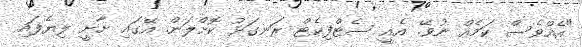
"އެއްވެސް ކަމެއް ނުވޭ. އެއީ ސެޓްފިކެޓް ރަނގަޅު ކޮށްލަން. އޭގައި ށާށީ ލިޔެފައި